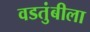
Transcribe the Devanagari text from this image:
वडतुंबीला